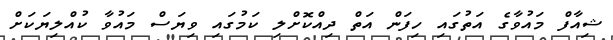
ޝިއާފް މައުވާގެ އަތުގައި ހިފަން އަތް ދިއްކޮށްލި ކަމުގައި ވިޔަސް މައުވާ ކުއްލިޔަކަށް